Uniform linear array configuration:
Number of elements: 12
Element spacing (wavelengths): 0.25
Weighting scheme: cosine
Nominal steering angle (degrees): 45
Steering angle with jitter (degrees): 46.419
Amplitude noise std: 0.05
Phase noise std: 0.05

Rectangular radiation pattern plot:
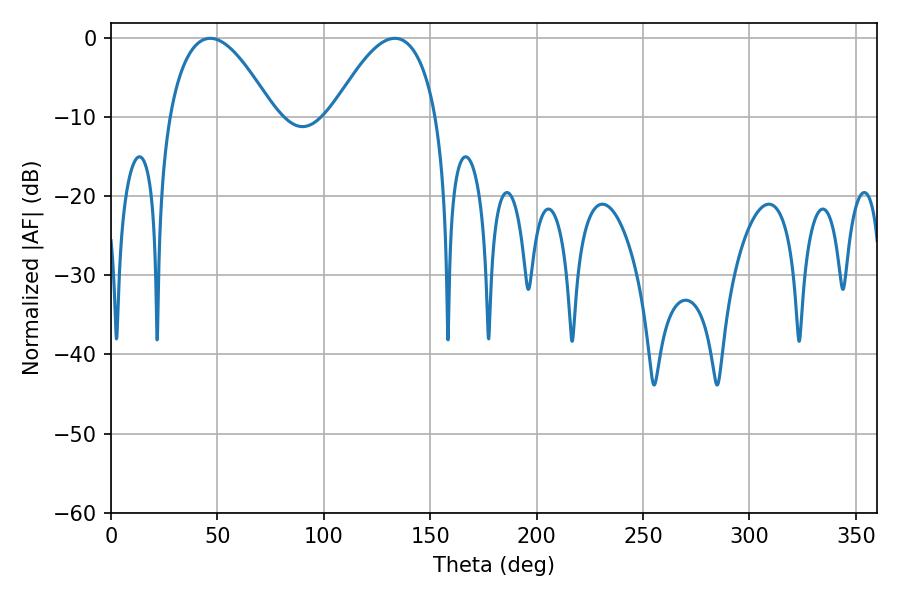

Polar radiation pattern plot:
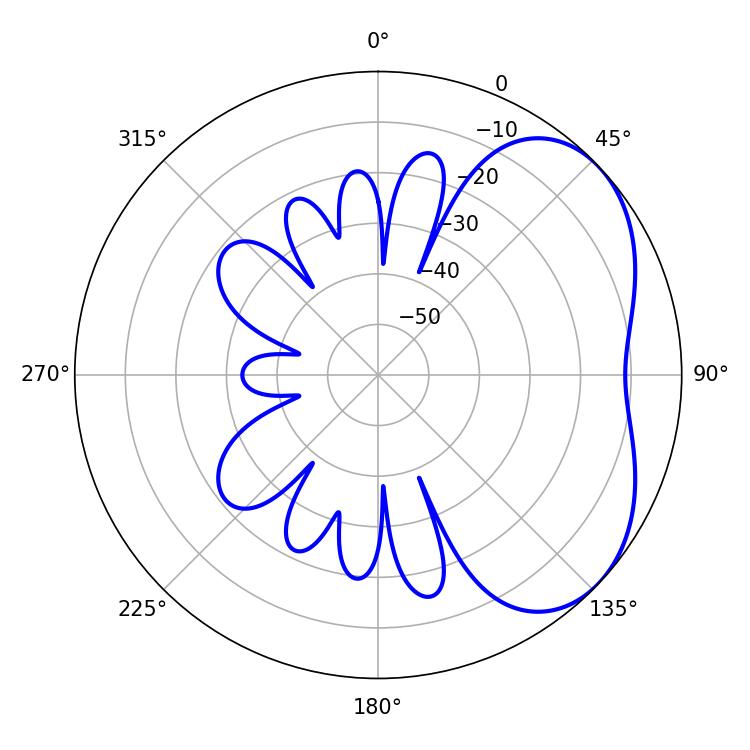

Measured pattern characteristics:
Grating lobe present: FALSE
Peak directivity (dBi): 4.078
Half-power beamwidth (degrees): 27
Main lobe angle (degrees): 46.62